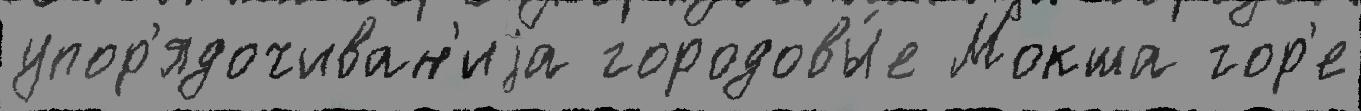
упор'ядочиван'иjа городовы́е Мокша гор'е